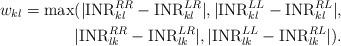
LaTeX: \begin{align*}w_{kl}=\max(|\mathrm{INR}_{kl}^{RR}-\mathrm{INR}_{kl}^{LR}|,|\mathrm{INR}_{kl}^{LL}-\mathrm{INR}_{kl}^{RL}|, \\|\mathrm{INR}_{lk}^{RR}-\mathrm{INR}_{lk}^{LR}|,|\mathrm{INR}_{lk}^{LL}-\mathrm{INR}_{lk}^{RL}|).\end{align*}